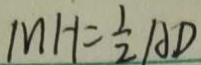
M H = \frac { 1 } { 2 } A D